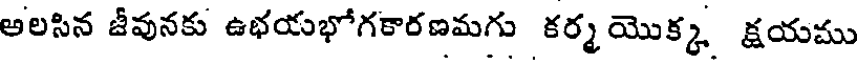
అలసిన జీవునకు ఉభయభోగకారణమగు కర్మ యొక్క క్షయము